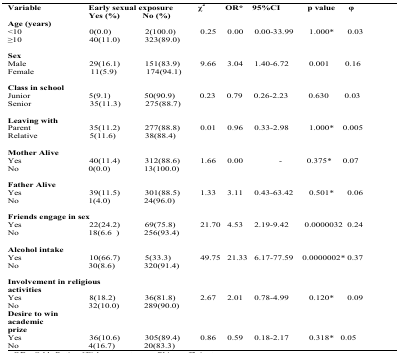
<table><thead><tr><td><b>Variable</b></td><td colspan="2"><b>Early sexual exposure</b></td><td><b>χ<sup>2</sup></b></td><td><b>OR*</b></td><td><b>95%CI</b></td><td><b>p value</b></td><td><b>φ</b></td></tr><tr><td></td><td><b>Yes (%)</b></td><td><b>No (%)</b></td><td></td><td></td><td></td><td></td><td></td></tr></thead><tbody><tr><td><b>Age (years)</b></td><td></td><td></td><td></td><td></td><td></td><td></td><td></td></tr><tr><td>&lt;10</td><td>0(0.0)</td><td>2(100.0)</td><td>0.25</td><td>0.00</td><td>0.00–33.99</td><td>1.000*</td><td>0.03</td></tr><tr><td>≥10</td><td>40(11.0)</td><td>323(89.0)</td><td></td><td></td><td></td><td></td><td></td></tr><tr><td><b>Sex</b></td><td></td><td></td><td></td><td></td><td></td><td></td><td></td></tr><tr><td>Male</td><td>29(16.1)</td><td>151(83.9)</td><td>9.66</td><td>3.04</td><td>1.40–6.72</td><td>0.001</td><td>0.16</td></tr><tr><td>Female</td><td>11(5.9)</td><td>174(94.1)</td><td></td><td></td><td></td><td></td><td></td></tr><tr><td><b>Class in school</b></td><td></td><td></td><td></td><td></td><td></td><td></td><td></td></tr><tr><td>Junior</td><td>5(9.1)</td><td>50(90.9)</td><td>0.23</td><td>0.79</td><td>0.26–2.23</td><td>0.630</td><td>0.03</td></tr><tr><td>Senior</td><td>35(11.3)</td><td>275(88.7)</td><td></td><td></td><td></td><td></td><td></td></tr><tr><td><b>Leaving with</b></td><td></td><td></td><td></td><td></td><td></td><td></td><td></td></tr><tr><td>Parent</td><td>35(11.2)</td><td>277(88.8)</td><td>0.01</td><td>0.96</td><td>0.33–2.98</td><td>1.000*</td><td>0.005</td></tr><tr><td>Relative</td><td>5(11.6)</td><td>38(88.4)</td><td></td><td></td><td></td><td></td><td></td></tr><tr><td><b>Mother Alive</b></td><td></td><td></td><td></td><td></td><td></td><td></td><td></td></tr><tr><td>Yes</td><td>40(11.4)</td><td>312(88.6)</td><td>1.66</td><td>0.00</td><td>-</td><td>0.375*</td><td>0.07</td></tr><tr><td>No</td><td>0(0.0)</td><td>13(100.0)</td><td></td><td></td><td></td><td></td><td></td></tr><tr><td><b>Father Alive</b></td><td></td><td></td><td></td><td></td><td></td><td></td><td></td></tr><tr><td>Yes</td><td>39(11.5)</td><td>301(88.5)</td><td>1.33</td><td>3.11</td><td>0.43–63.42</td><td>0.501*</td><td>0.06</td></tr><tr><td>No</td><td>1(4.0)</td><td>24(96.0)</td><td></td><td></td><td></td><td></td><td></td></tr><tr><td colspan="8"><b>Friends engage in sex</b></td></tr><tr><td>Yes</td><td>22(24.2)</td><td>69(75.8)</td><td>21.70</td><td>4.53</td><td>2.19–9.42</td><td>0.0000032</td><td>0.24</td></tr><tr><td>No</td><td>18(6.6)</td><td>256(93.4)</td><td></td><td></td><td></td><td></td><td></td></tr><tr><td><b>Alcohol intake</b></td><td></td><td></td><td></td><td></td><td></td><td></td><td></td></tr><tr><td>Yes</td><td>10(66.7)</td><td>5(33.3)</td><td>49.75</td><td>21.33</td><td>6.17–77.59</td><td>0.0000002*</td><td>0.37</td></tr><tr><td>No</td><td>30(8.6)</td><td>320(91.4)</td><td></td><td></td><td></td><td></td><td></td></tr><tr><td colspan="8"><b>Involvement in religious</b><b>activities</b></td></tr><tr><td>Yes</td><td>8(18.2)</td><td>36(81.8)</td><td>2.67</td><td>2.01</td><td>0.78–4.99</td><td>0.120*</td><td>0.09</td></tr><tr><td>No</td><td>32(10.0)</td><td>289(90.0)</td><td></td><td></td><td></td><td></td><td></td></tr><tr><td><b>Desire to win</b><b>academic</b><b>prize</b></td><td></td><td></td><td></td><td></td><td></td><td></td><td></td></tr><tr><td>Yes</td><td>36(10.6)</td><td>305(89.4)</td><td>0.86</td><td>0.59</td><td>0.18–2.17</td><td>0.318*</td><td>0.05</td></tr><tr><td>No</td><td>4(16.7)</td><td>20(83.3)</td><td></td><td></td><td></td><td></td><td></td></tr></tbody></table>